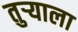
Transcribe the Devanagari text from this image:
तुर्‍याला